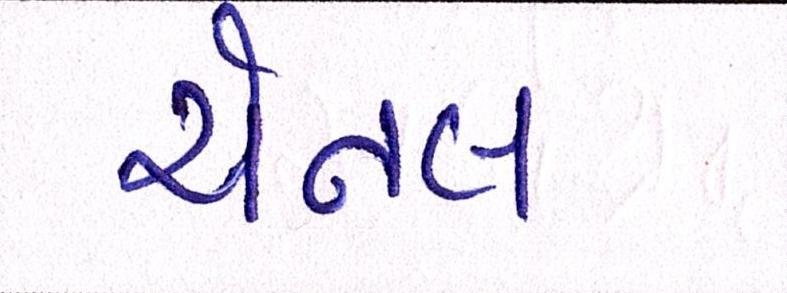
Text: ચેનલ